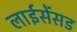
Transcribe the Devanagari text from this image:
लाईसेंसड